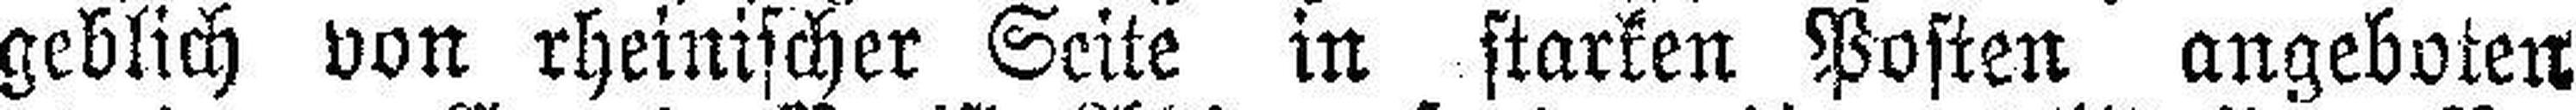
geblich von rheinischer Seite in starken Posten angeboten